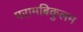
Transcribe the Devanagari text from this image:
परामबिकुलम